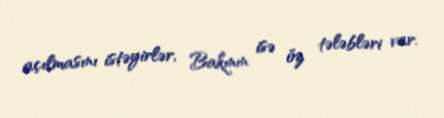
açılmasını istəyirlər, Bakının isə öz tələbləri var.